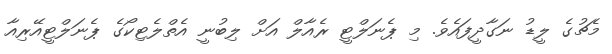
މެޗުގެ ލީޑު ނަގާދީފައެވެ. މި ޕެނަލްޓީ ރެއާލް އަށް ލިބުނީ އެތްލެޓިކޯގެ ޕެނަލްޓީއޭރިއާ